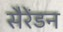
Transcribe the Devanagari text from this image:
सैरेंडन